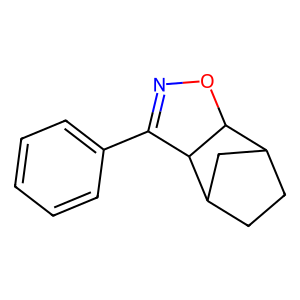
SMILES: c1ccc(C2=NOC3C4CCC(C4)C23)cc1
Inhibits HIV replication: No